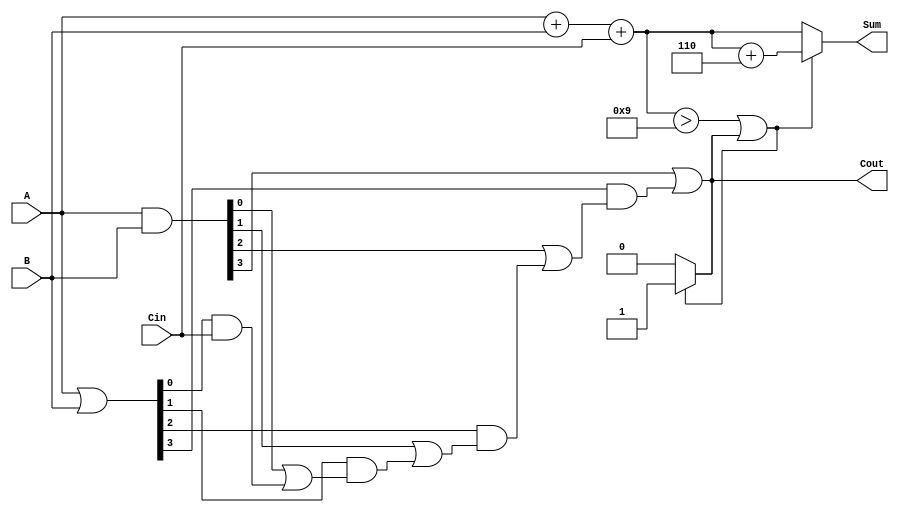
module BCD_Carry_Lookahead_Adder (
    input  wire [3:0] A,      // BCD digit A
    input  wire [3:0] B,      // BCD digit B
    input  wire Cin,           // Carry input
    output reg  [3:0] Sum,     // BCD sum output
    output reg  Cout           // Carry output
);

    // Internal signals
    wire [3:0] S;             // Initial binary sum
    wire [3:0] G;             // Generate signals
    wire [3:0] P;             // Propagate signals
    wire C1, C2, C3;          // Carry signals

    // Step 1: Initial sum calculation
    assign S = A + B + Cin;

    // Step 2: Generate and propagate logic
    assign G = A & B;         // Generate
    assign P = A | B;         // Propagate

    // Carry lookahead logic
    assign C1 = G[0] | (P[0] & Cin);
    assign C2 = G[1] | (P[1] & C1);
    assign C3 = G[2] | (P[2] & C2);
    assign Cout = G[3] | (P[3] & C3);

    // Step 3: BCD correction logic
    always @(*) begin
        if (S > 4'd9 || Cout) begin
            Sum = S + 4'd6;     // Add 6 for correction
            Cout = 1'b1;        // Set carry out
        end else begin
            Sum = S;            // No correction needed
            Cout = 1'b0;        // No carry out
        end
    end

endmodule